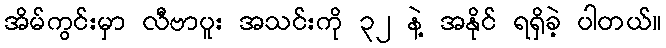
အိမ်ကွင်းမှာ လီဗာပူး အသင်းကို ၃၂ နဲ့ အနိုင် ရရှိခဲ့ ပါတယ်။